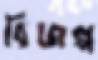
বিজল্প